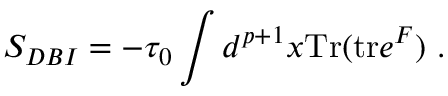
S _ { D B I } = - { \tau _ { 0 } } \int d ^ { p + 1 } x \mathrm { T r } ( \mathrm { t r } e ^ { { \cal F } } ) \ .